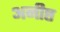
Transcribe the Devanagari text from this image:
अनीष्ट